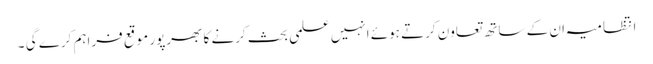
انتظامیہ ان کے ساتھ تعاون کرتے ہوئے انہیں علمی بحث کرنے کا بھرپور موقع فراہم کرے گی ۔